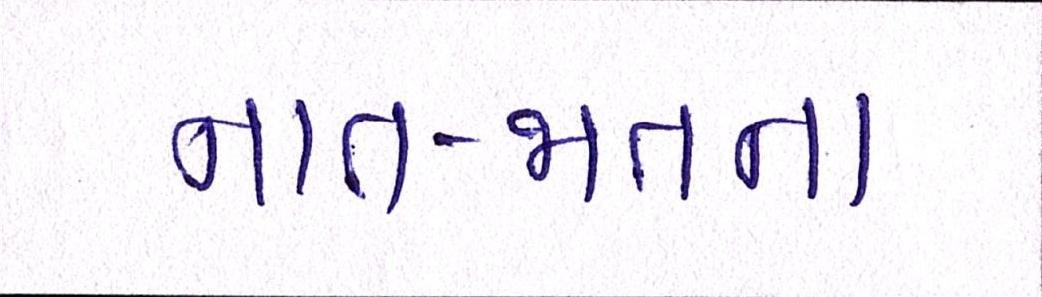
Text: નાત-જાતના